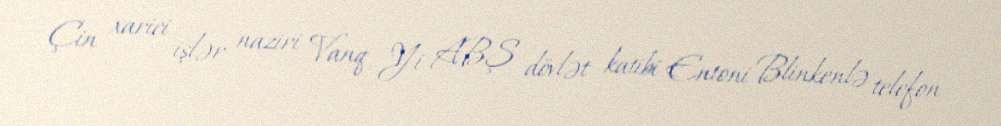
Çin xarici işlər naziri Vanq Yi ABŞ dövlət katibi Entoni Blinkenlə telefon